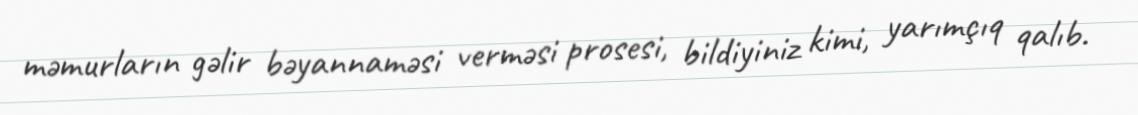
məmurların gəlir bəyannaməsi verməsi prosesi, bildiyiniz kimi, yarımçıq qalıb.